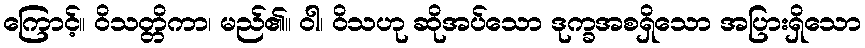
ကြောင့်။ ဝိသတ္တိကာ၊ မည်၏။ ဝါ၊ ဝိသဟု ဆိုအပ်သော ဒုက္ခအစရှိသော အပြားရှိသော